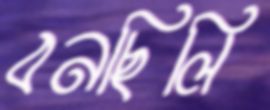
বনছিলি